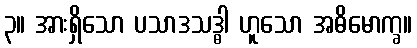
၃။ အားရှိသော ပသာဒသဒ္ဓါ ဟူသော အဓိမောက္ခ။